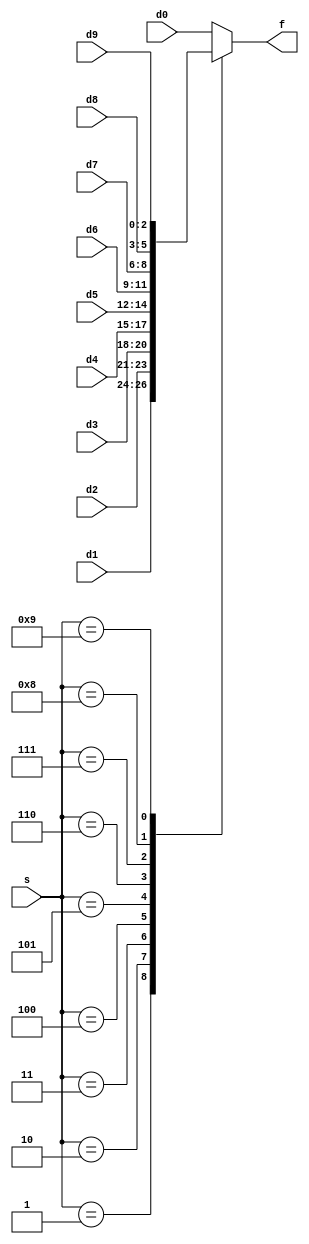
module mux_10x1 (
	input [2:0] d0, d1, d2, d3, d4, d5, d6, d7, d8, d9,
	input [3:0] s,
	output reg [2:0] f
	);
	
	always @(d0, d1, d2, d3, d4, d5, d6, d7, d8, d9, s) 
		case (s)
			0: f = d0;
			1: f = d1;
			2: f = d2;
			3: f = d3;
			4: f = d4;
			5: f = d5;
			6: f = d6;
			7: f = d7;
			8: f = d8;
			9: f = d9;
			default: f = d0;
		endcase
	
endmodule